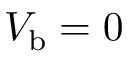
{ V } _ { \mathrm { b } } = 0